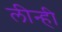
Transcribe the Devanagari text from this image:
लीन्‍ही